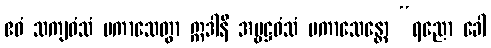
ဧဝံ သကျဝံသံ ပကာသေတွာ ဣဒါနိ အမ္ဗဋ္ဌဝံသံ ပကာသေန္တော “ရညော ခေါ